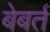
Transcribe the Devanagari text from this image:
बेबर्त